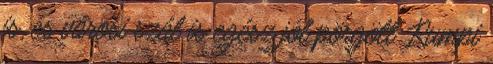
is, és városi szál is egész jól pörgött. Rumpi